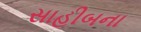
સાહીબના